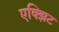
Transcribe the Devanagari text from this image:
एक्झिट